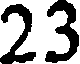
23